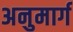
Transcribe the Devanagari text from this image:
अनुमार्ग